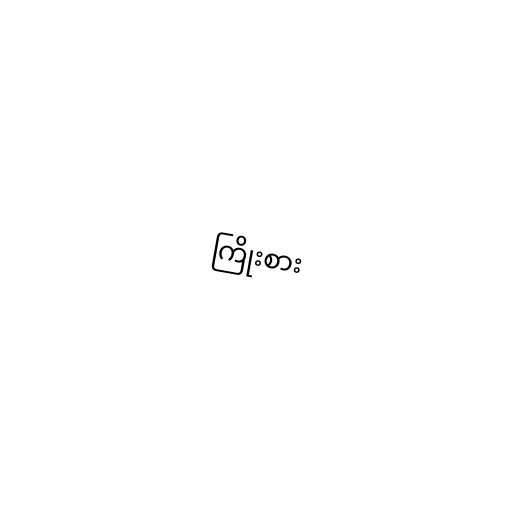
ကြိုးစား